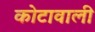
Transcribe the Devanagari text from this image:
कोटावाली